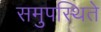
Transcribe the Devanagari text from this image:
समुपस्थिते